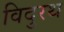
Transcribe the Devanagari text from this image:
विदुरथ